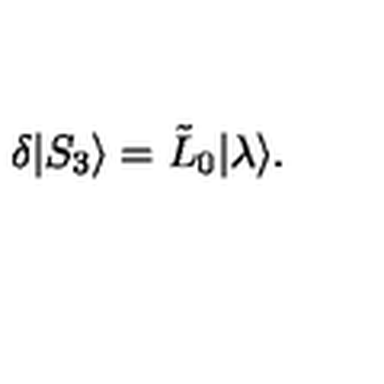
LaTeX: \delta | S _ { 3 } \rangle = \tilde { L } _ { 0 } { \mid } \lambda \rangle .